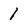
Character: 1